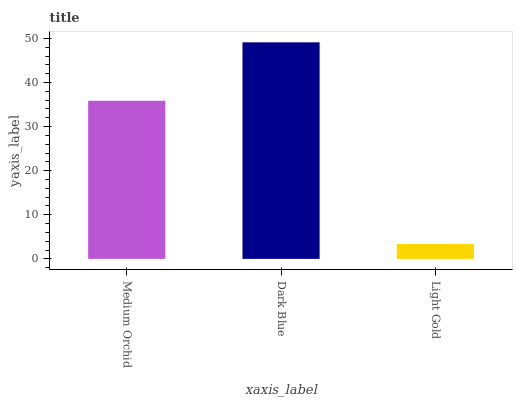
| xaxis_label | bars |
 | --- | --- |
 | Medium Orchid | 35.9 |
 | Dark Blue | 49.1 |
 | Light Gold | 3.37 |